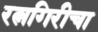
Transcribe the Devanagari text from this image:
रत्नगिरीचा